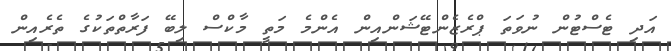
އަދި ޓެސްޓުން ނުވަތަ ޕްރެޒެންޓޭޝަންއިން އެންމެ މަތީ މާކްސް ލިބޭ ފަރާތްތަކުގެ ތެރެއިން